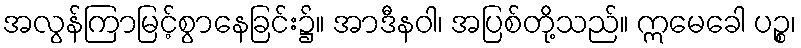
အလွန်ကြာမြင့်စွာနေခြင်း၌။ အာဒီနဝါ၊ အပြစ်တို့သည်။ ဣမေခေါ ပဉ္စ၊